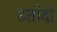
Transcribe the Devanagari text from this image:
उर्तादो